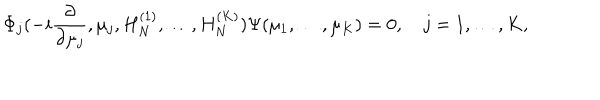
\Phi _ { j } ( - i { \frac { \partial } { \partial \mu _ { j } } } , \mu _ { j } , H _ { N } ^ { ( 1 ) } , \ldots , H _ { N } ^ { ( K ) } ) \Psi ( \mu _ { 1 } , \ldots , \mu _ { K } ) = 0 , \quad j = 1 , \ldots , K ,